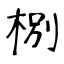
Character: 㭭